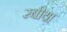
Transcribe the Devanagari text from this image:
रबीया